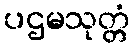
ပဌမသုတ္တံ